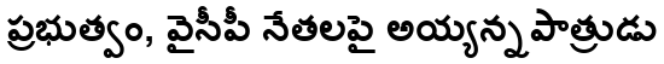
ప్రభుత్వం, వైసీపీ నేతలపై అయ్యన్నపాత్రుడు